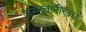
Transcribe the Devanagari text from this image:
जन्मतारीखच